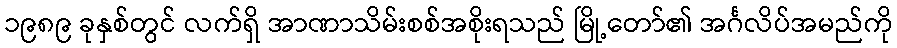
၁၉၈၉ ခုနှစ်တွင် လက်ရှိ အာဏာသိမ်းစစ်အစိုးရသည် မြို့တော်၏ အင်္ဂလိပ်အမည်ကို